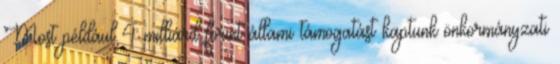
Most például 4 milliárd forint állami támogatást kaptunk önkormányzati